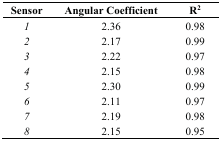
| Sensor | Angular Coefficient | R2 |
 | --- | --- | --- |
 | 1 | 2.36 | 0.98 |
 | 2 | 2.17 | 0.99 |
 | 3 | 2.22 | 0.97 |
 | 4 | 2.15 | 0.98 |
 | 5 | 2.30 | 0.99 |
 | 6 | 2.11 | 0.97 |
 | 7 | 2.19 | 0.98 |
 | 8 | 2.15 | 0.95 |